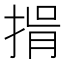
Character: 𢯇